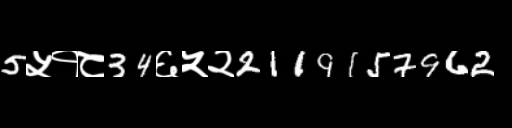
Text: 5५१८34६५२2119157962